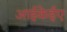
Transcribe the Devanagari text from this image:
आईकेईए